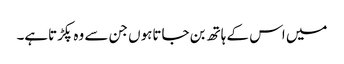
میں اس کے ہاتھ بن جاتاہوں جن سے وہ پکڑتاہے۔